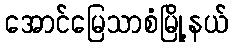
အောင်မြေသာစံမြို့နယ်